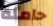
حاملة